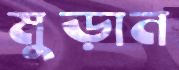
মুড়ান